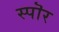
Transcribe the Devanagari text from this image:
स्पॊर